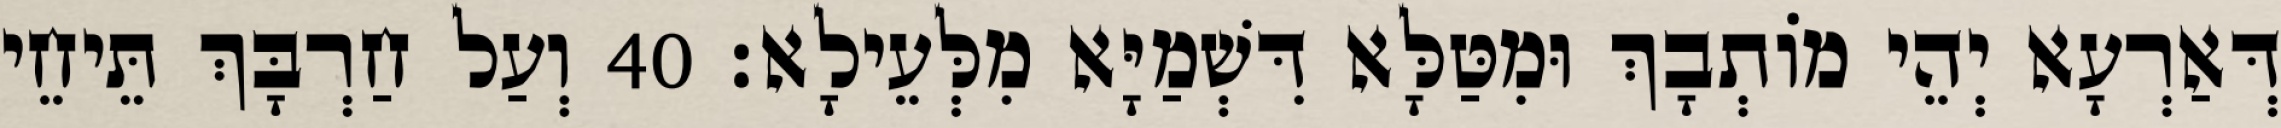
דְּאַרְעָא יְהֵי מוֹתְבָךְ וּמִטַּלָּא דִּשְׁמַיָּא מִלְּעֵילָא׃ 40 וְעַל חַרְבָּךְ תֵּיחֵי